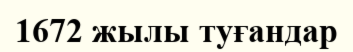
1672 жылы туғандар